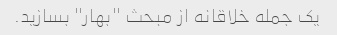
یک جمله خلاقانه از مبحث "بهار" بسازید.